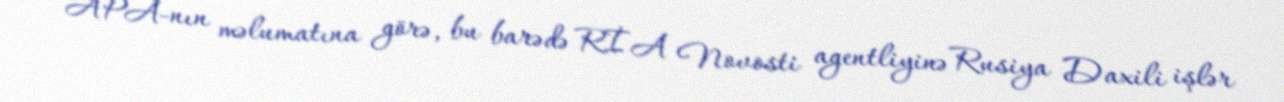
APA-nın məlumatına görə, bu barədə RİA Novosti agentliyinə Rusiya Daxili işlər